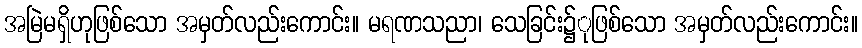
အမြဲမရှိဟုဖြစ်သော အမှတ်လည်းကောင်း။ မရဏသညာ၊ သေခြင်း၌ုဖြစ်သော အမှတ်လည်းကောင်း။